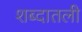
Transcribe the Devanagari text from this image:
शब्दातली